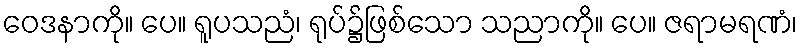
ဝေဒနာကို။ ပေ။ ရူပသညံ၊ ရုပ်၌ဖြစ်သော သညာကို။ ပေ။ ဇရာမရဏံ၊